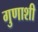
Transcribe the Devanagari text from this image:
गुणाशी